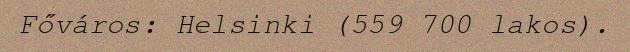
Főváros: Helsinki (559 700 lakos).